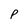
Character: P